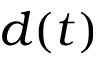
d ( t )